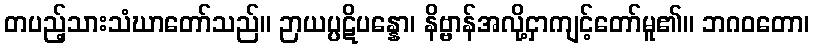
တပည့်သားသံဃာတော်သည်။ ဉာယပ္ပဋိပန္နော၊ နိဗ္ဗာန်အလို့ငှာကျင့်တော်မူ၏။ ဘဂဝတော၊